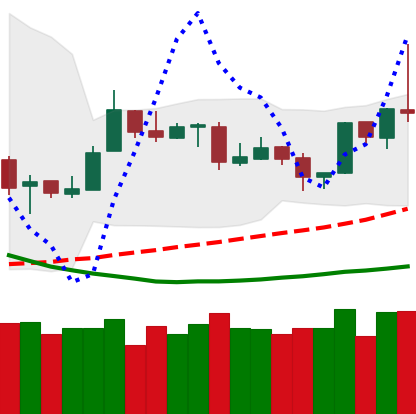
Ticker: ETH-USD
Chart end date: 2019-03-30
Forward return: 11.232%
Label: up_7plus